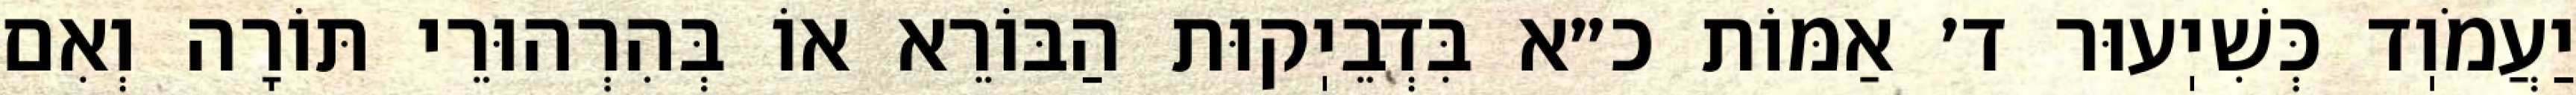
יַעֲמֹוֽד כְּשִׁיֽעוּר ד׳ אַמּוֹת כ״א בִּדְבֵיֽקוּת הַבּוֹרֵא אוֹ בְּהִרְהוּרֵי תּוֹרָה וְאִם